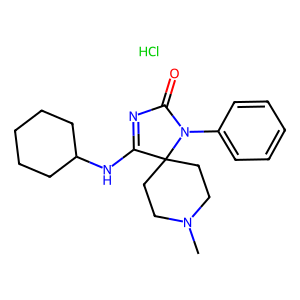
SMILES: CN1CCC2(CC1)C(NC1CCCCC1)=NC(=O)N2c1ccccc1.Cl
Inhibits HIV replication: No